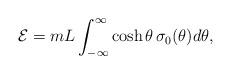
LaTeX: \begin{align*}{\cal E} =m L \int_{-\infty}^{\infty} \cosh\theta \, \sigma_{0} ( \theta) d \theta , \end{align*}